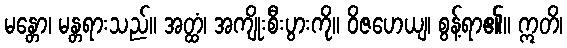
မန္တော၊ မန္တရားသည်။ အတ္ထံ၊ အကျိုးစီးပွားကို။ ဝိဇဟေယျ၊ စွန့်ရာ၏။ ဣတိ၊